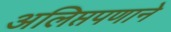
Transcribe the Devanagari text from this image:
अलिप्तपणाने